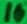
Text: 10